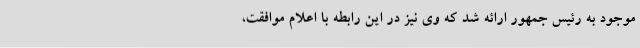
موجود به رئیس جمهور ارائه شد که وی نیز در این رابطه با اعلام موافقت،